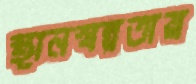
স্থানস্বল্পতায়